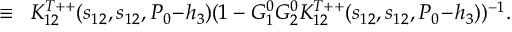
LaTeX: \, \, \equiv \, \, \, K _ { 1 2 } ^ { T + + } ( s _ { 1 2 } , s _ { 1 2 } , P _ { 0 } \! - \! h _ { 3 } ) ( 1 - G _ { 1 } ^ { 0 } G _ { 2 } ^ { 0 } K _ { 1 2 } ^ { T + + } ( s _ { 1 2 } , s _ { 1 2 } , P _ { 0 } \! - \! h _ { 3 } ) ) ^ { - 1 } .